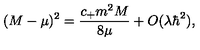
( M - \mu ) ^ { 2 } = \frac { c _ { + } m ^ { 2 } M } { 8 \mu } + O ( \lambda \hbar ^ { 2 } ) ,